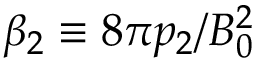
\beta _ { 2 } \equiv 8 \pi p _ { 2 } / B _ { 0 } ^ { 2 }